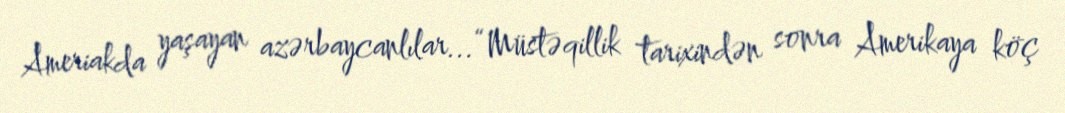
Ameriakda yaşayan azərbaycanlılar...“Müstəqillik tarixindən sonra Amerikaya köç